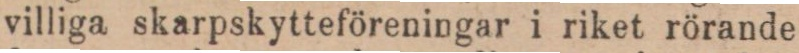
villiga skarpskytteföreningar i riket rörande